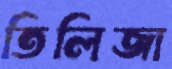
তিলিজা